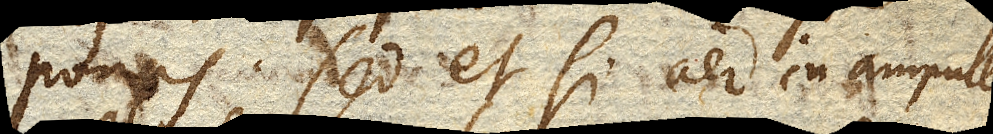
ponas, sed et si aer in ampulla